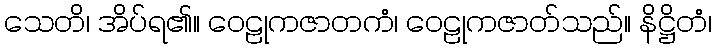
သေတိ၊ အိပ်ရ၏။ ဝေဠုကဇာတကံ၊ ဝေဠုကဇာတ်သည်။ နိဋ္ဌိတံ၊